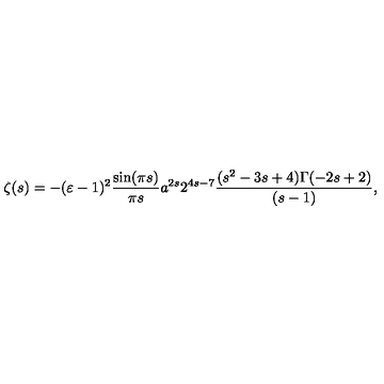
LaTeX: \zeta ( s ) = - ( \varepsilon - 1 ) ^ { 2 } \frac { \sin ( \pi s ) } { \pi s } a ^ { 2 s } 2 ^ { 4 s - 7 } \frac { ( s ^ { 2 } - 3 s + 4 ) \Gamma ( - 2 s + 2 ) } { ( s - 1 ) } ,